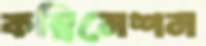
কম্বিনেশন